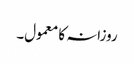
روزانہ کا معمول۔